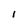
Character: l